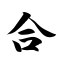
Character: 合